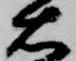
右